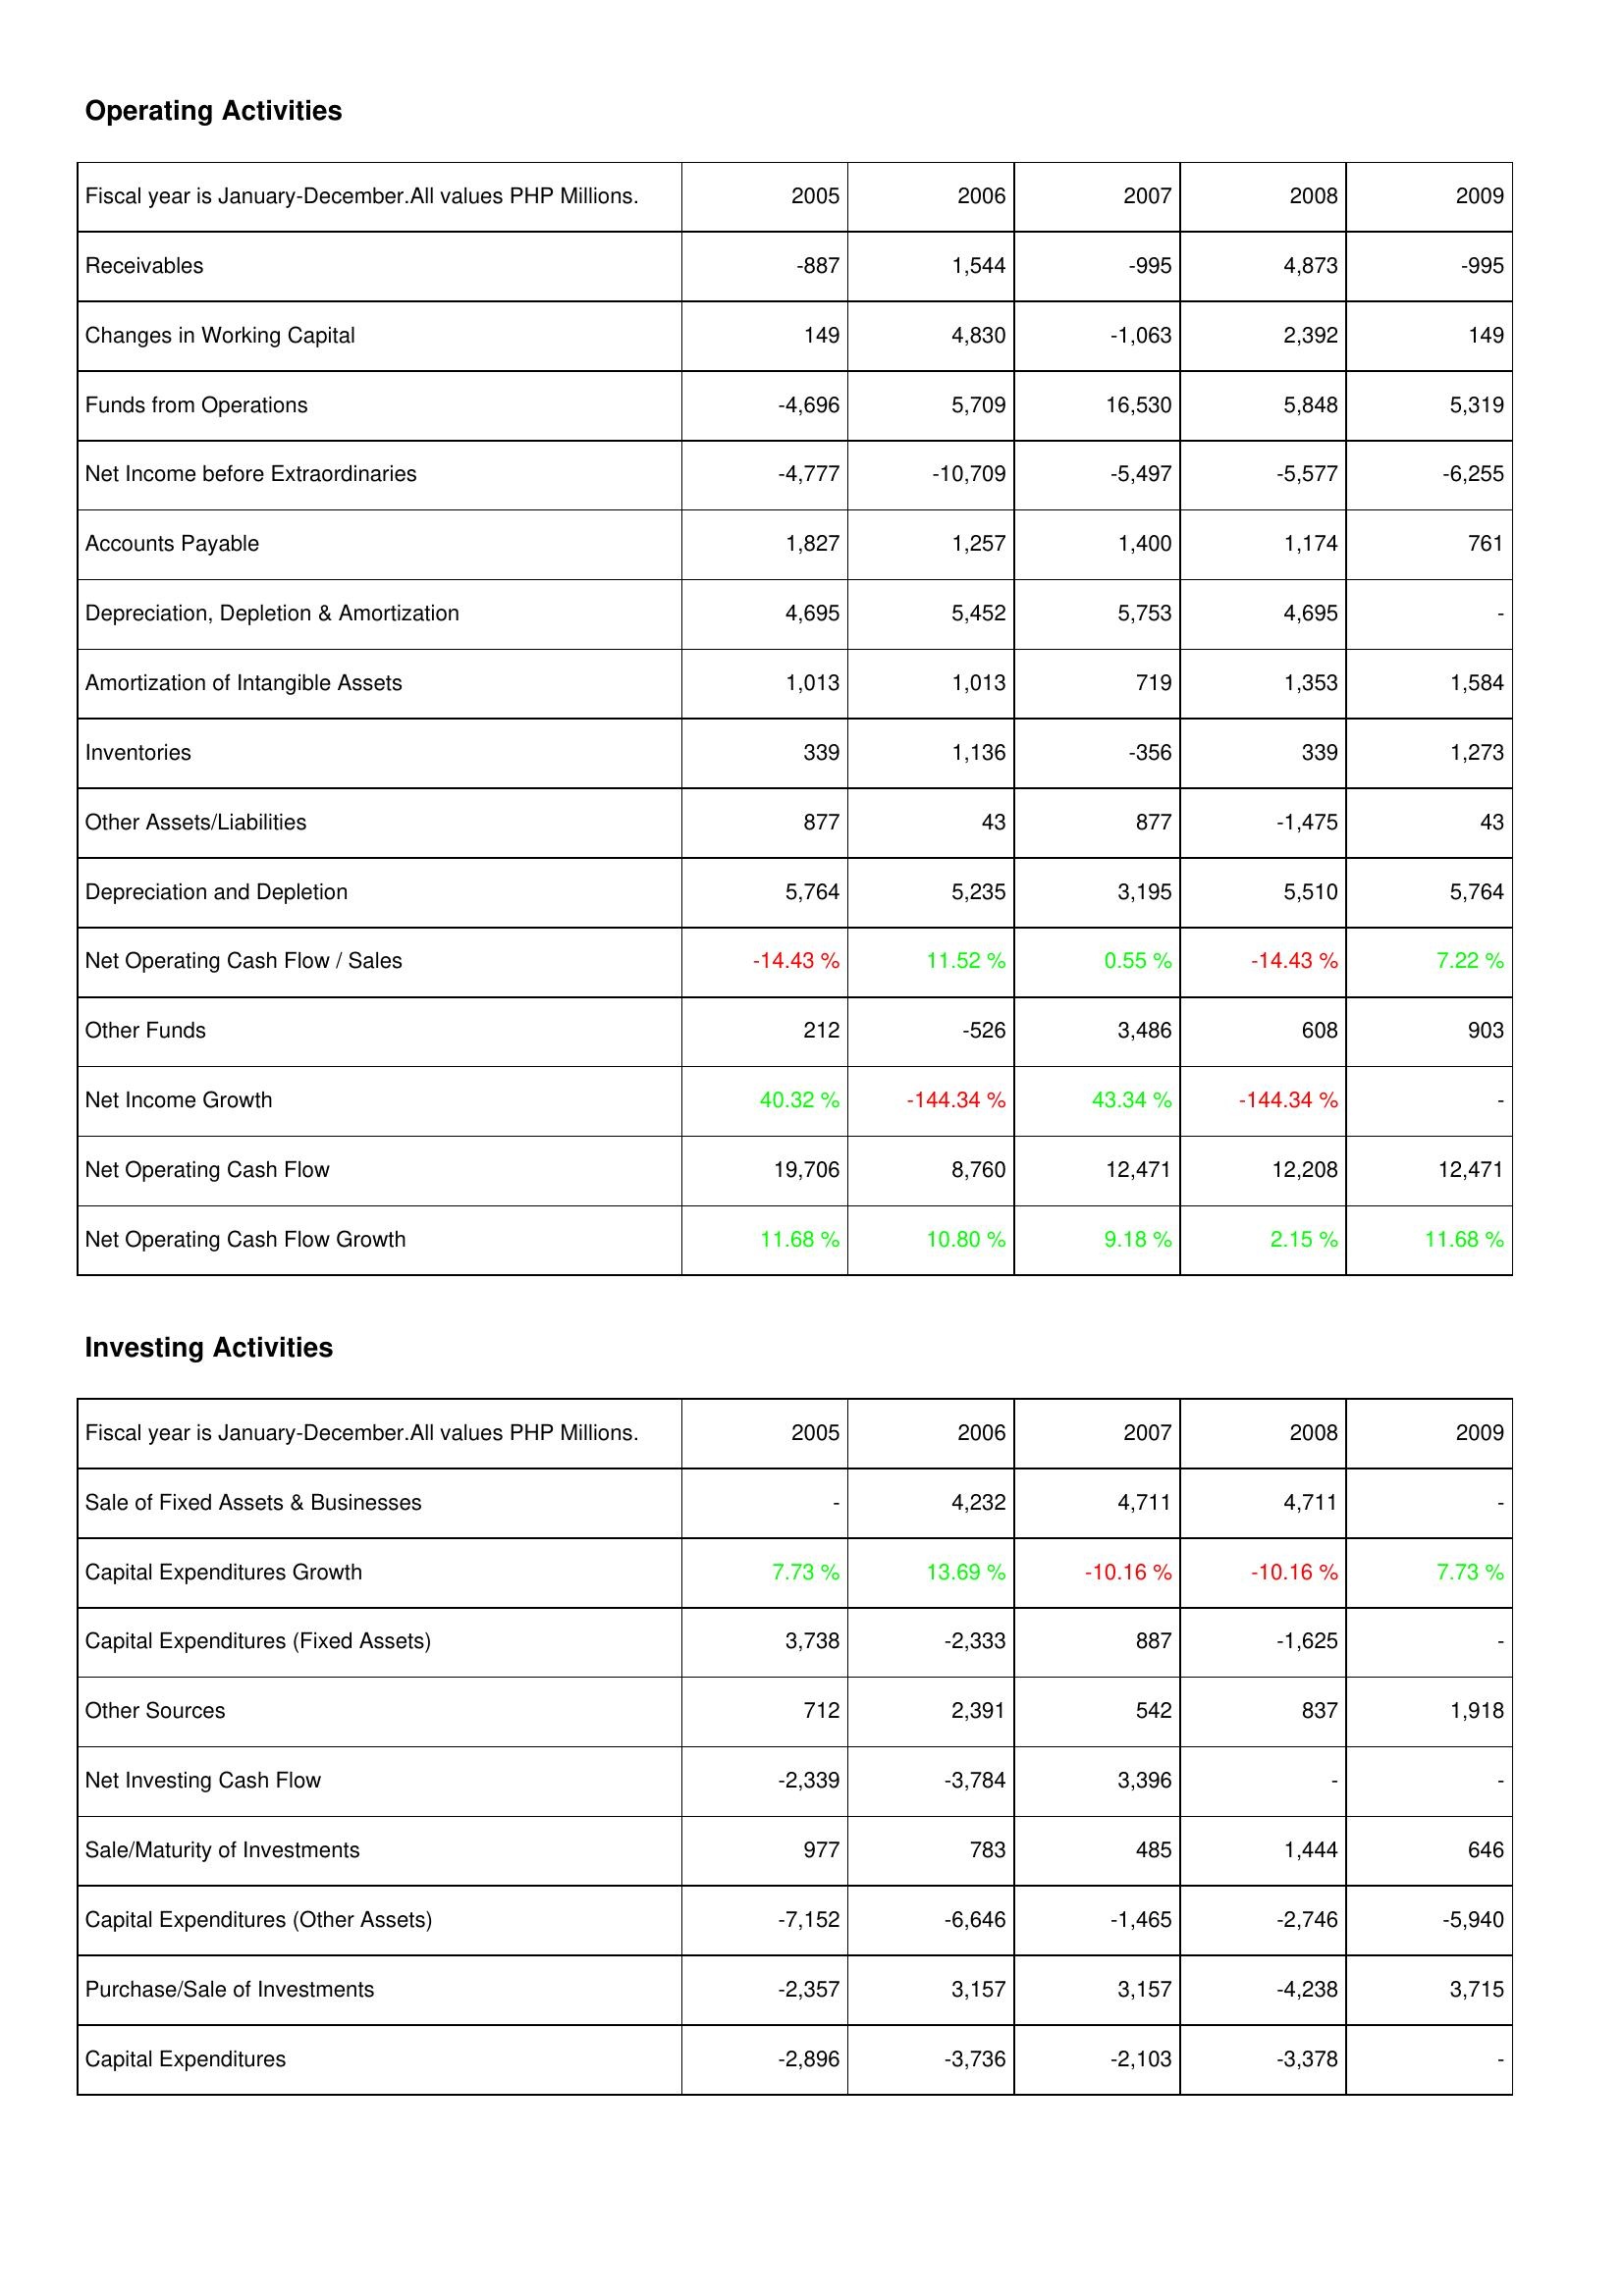
2005: Operating Activities: Receivables: -887
Changes in Working Capital: 149
Funds from Operations: -4,696
Net Income before Extraordinaries: -4,777
Accounts Payable: 1,827
Depreciation, Depletion & Amortization: 4,695
Amortization of Intangible Assets: 1,013
Inventories: 339
Other Assets/Liabilities: 877
Depreciation and Depletion: 5,764
Net Operating Cash Flow / Sales: -14.43 %
Other Funds: 212
Net Income Growth: 40.32 %
Net Operating Cash Flow: 19,706
Net Operating Cash Flow Growth: 11.68 %
Investing Activities: Sale of Fixed Assets & Businesses: -
Capital Expenditures Growth: 7.73 %
Capital Expenditures (Fixed Assets): 3,738
Other Sources: 712
Net Investing Cash Flow: -2,339
Sale/Maturity of Investments: 977
Capital Expenditures (Other Assets): -7,152
Purchase/Sale of Investments: -2,357
Capital Expenditures: -2,896
2006: Operating Activities: Receivables: 1,544
Changes in Working Capital: 4,830
Funds from Operations: 5,709
Net Income before Extraordinaries: -10,709
Accounts Payable: 1,257
Depreciation, Depletion & Amortization: 5,452
Amortization of Intangible Assets: 1,013
Inventories: 1,136
Other Assets/Liabilities: 43
Depreciation and Depletion: 5,235
Net Operating Cash Flow / Sales: 11.52 %
Other Funds: -526
Net Income Growth: -144.34 %
Net Operating Cash Flow: 8,760
Net Operating Cash Flow Growth: 10.80 %
Investing Activities: Sale of Fixed Assets & Businesses: 4,232
Capital Expenditures Growth: 13.69 %
Capital Expenditures (Fixed Assets): -2,333
Other Sources: 2,391
Net Investing Cash Flow: -3,784
Sale/Maturity of Investments: 783
Capital Expenditures (Other Assets): -6,646
Purchase/Sale of Investments: 3,157
Capital Expenditures: -3,736
2007: Operating Activities: Receivables: -995
Changes in Working Capital: -1,063
Funds from Operations: 16,530
Net Income before Extraordinaries: -5,497
Accounts Payable: 1,400
Depreciation, Depletion & Amortization: 5,753
Amortization of Intangible Assets: 719
Inventories: -356
Other Assets/Liabilities: 877
Depreciation and Depletion: 3,195
Net Operating Cash Flow / Sales: 0.55 %
Other Funds: 3,486
Net Income Growth: 43.34 %
Net Operating Cash Flow: 12,471
Net Operating Cash Flow Growth: 9.18 %
Investing Activities: Sale of Fixed Assets & Businesses: 4,711
Capital Expenditures Growth: -10.16 %
Capital Expenditures (Fixed Assets): 887
Other Sources: 542
Net Investing Cash Flow: 3,396
Sale/Maturity of Investments: 485
Capital Expenditures (Other Assets): -1,465
Purchase/Sale of Investments: 3,157
Capital Expenditures: -2,103
2008: Operating Activities: Receivables: 4,873
Changes in Working Capital: 2,392
Funds from Operations: 5,848
Net Income before Extraordinaries: -5,577
Accounts Payable: 1,174
Depreciation, Depletion & Amortization: 4,695
Amortization of Intangible Assets: 1,353
Inventories: 339
Other Assets/Liabilities: -1,475
Depreciation and Depletion: 5,510
Net Operating Cash Flow / Sales: -14.43 %
Other Funds: 608
Net Income Growth: -144.34 %
Net Operating Cash Flow: 12,208
Net Operating Cash Flow Growth: 2.15 %
Investing Activities: Sale of Fixed Assets & Businesses: 4,711
Capital Expenditures Growth: -10.16 %
Capital Expenditures (Fixed Assets): -1,625
Other Sources: 837
Net Investing Cash Flow: -
Sale/Maturity of Investments: 1,444
Capital Expenditures (Other Assets): -2,746
Purchase/Sale of Investments: -4,238
Capital Expenditures: -3,378
2009: Operating Activities: Receivables: -995
Changes in Working Capital: 149
Funds from Operations: 5,319
Net Income before Extraordinaries: -6,255
Accounts Payable: 761
Depreciation, Depletion & Amortization: -
Amortization of Intangible Assets: 1,584
Inventories: 1,273
Other Assets/Liabilities: 43
Depreciation and Depletion: 5,764
Net Operating Cash Flow / Sales: 7.22 %
Other Funds: 903
Net Income Growth: -
Net Operating Cash Flow: 12,471
Net Operating Cash Flow Growth: 11.68 %
Investing Activities: Sale of Fixed Assets & Businesses: -
Capital Expenditures Growth: 7.73 %
Capital Expenditures (Fixed Assets): -
Other Sources: 1,918
Net Investing Cash Flow: -
Sale/Maturity of Investments: 646
Capital Expenditures (Other Assets): -5,940
Purchase/Sale of Investments: 3,715
Capital Expenditures: -